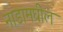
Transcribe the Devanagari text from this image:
नाडामघील